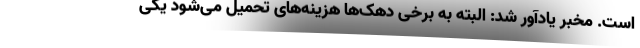
است. مخبر یادآور شد: البته به برخی دهک‌ها هزینه‌های تحمیل می‌شود یکی